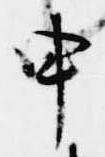
申